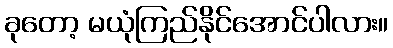
ခုတော့ မယုံကြည်နိုင်အောင်ပါလား။